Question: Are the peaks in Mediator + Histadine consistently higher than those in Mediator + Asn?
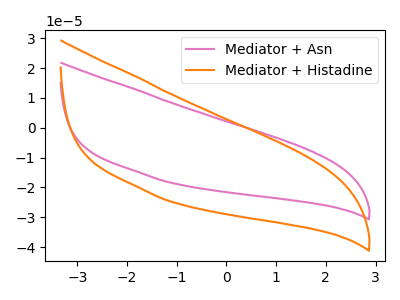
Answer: <think>The pink curve "Mediator + Asn" has no peaks. The orange curve "Mediator + Histadine" has no peaks.</think>
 <answer>Niether CV has any peaks.</answer>
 <eval>blanks</eval>